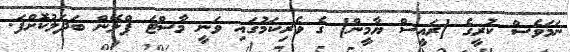
ނަމަވެސް ކުރީގެ [ރައީސް ޔާމީން] ގެ ވެރިކަމުގައި ވަނީ މާސްޓަ ޕްލޭން ބަދަލުކޮށްފަ.